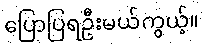
ပြောပြရဦးမယ်ကွယ့်။